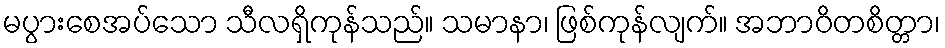
မပွားစေအပ်သော သီလရှိကုန်သည်။ သမာနာ၊ ဖြစ်ကုန်လျက်။ အဘာဝိတစိတ္တာ၊